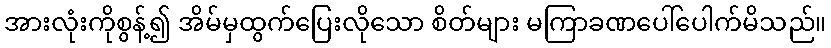
အားလုံးကိုစွန့်၍ အိမ်မှထွက်ပြေးလိုသော စိတ်များ မကြာခဏပေါ်ပေါက်မိသည်။